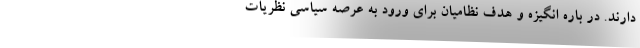
دارند. در باره انگیزه و هدف نظامیان برای ورود به عرصه سیاسی نظریات